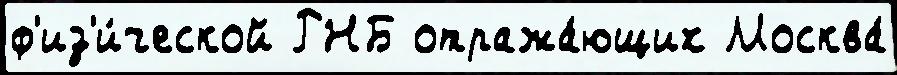
ф'из'и́ческой РНБ отража́ющих Москва́